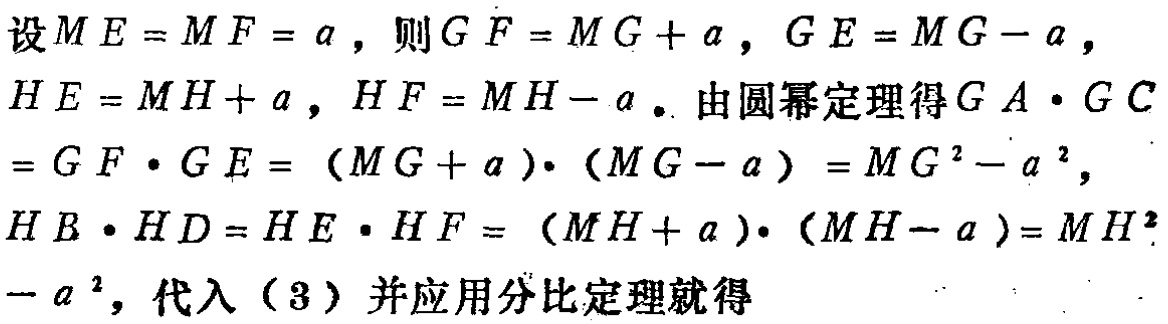
设\(ME = MF = a\)，则\(GF = MG + a\)，\(GE = MG - a\)，\(HE = MH + a\)，\(HF = MH - a\)。由圆幂定理得\(GA\cdot GC=GF\cdot GE = (MG + a)\cdot (MG - a) = MG^{2}-a^{2}\)，\(HB\cdot HD=HE\cdot HF = (MH + a)\cdot (MH - a)=MH^{2}-a^{2}\)，代入（3）并应用分比定理就得